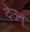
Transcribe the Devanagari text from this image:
देउन्